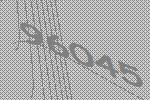
96045